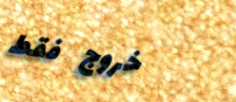
خروج فقط